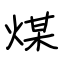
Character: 煤